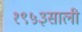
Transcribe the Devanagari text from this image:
१९५३साली